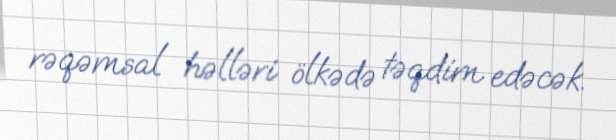
rəqəmsal həlləri ölkədə təqdim edəcək.